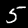
Label: 5